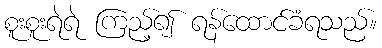
စူးစူးရဲရဲ ကြည့်၍ ရန်ထောင်ခံရသည်။